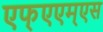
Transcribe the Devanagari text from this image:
एफ्‌एएम्‌एस